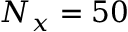
N _ { x } = 5 0